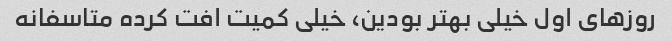
روزهای اول خیلی بهتر بودین، خیلی کمیت افت کرده متاسفانه